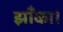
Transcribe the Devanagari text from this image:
झाँका।